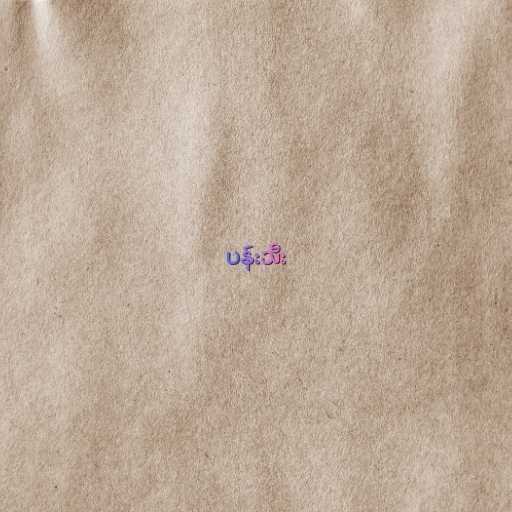
ပန်းသီး